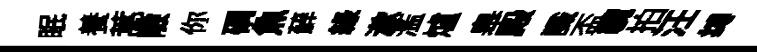
眠養蒿險你磵魚蘚綠漱濫爐皋殿識盃纜拍汪缚